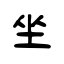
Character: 坐